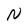
Character: N